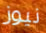
نيوز